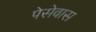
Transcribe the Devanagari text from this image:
पेसेवास